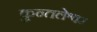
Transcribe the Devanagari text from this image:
कुन्तलेश्वर